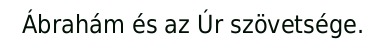
Ábrahám és az Úr szövetsége.